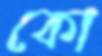
কো